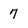
Character: 7